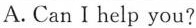
A.Can I help you?